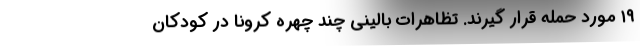
۱۹ مورد حمله قرار گیرند. تظاهرات بالینی چند چهره کرونا در کودکان